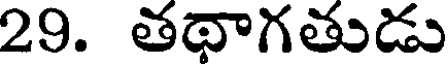
29. తథాగతుడు